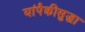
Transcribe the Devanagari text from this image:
यांपैकीसुद्धा